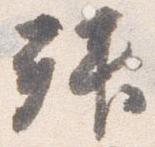
拝